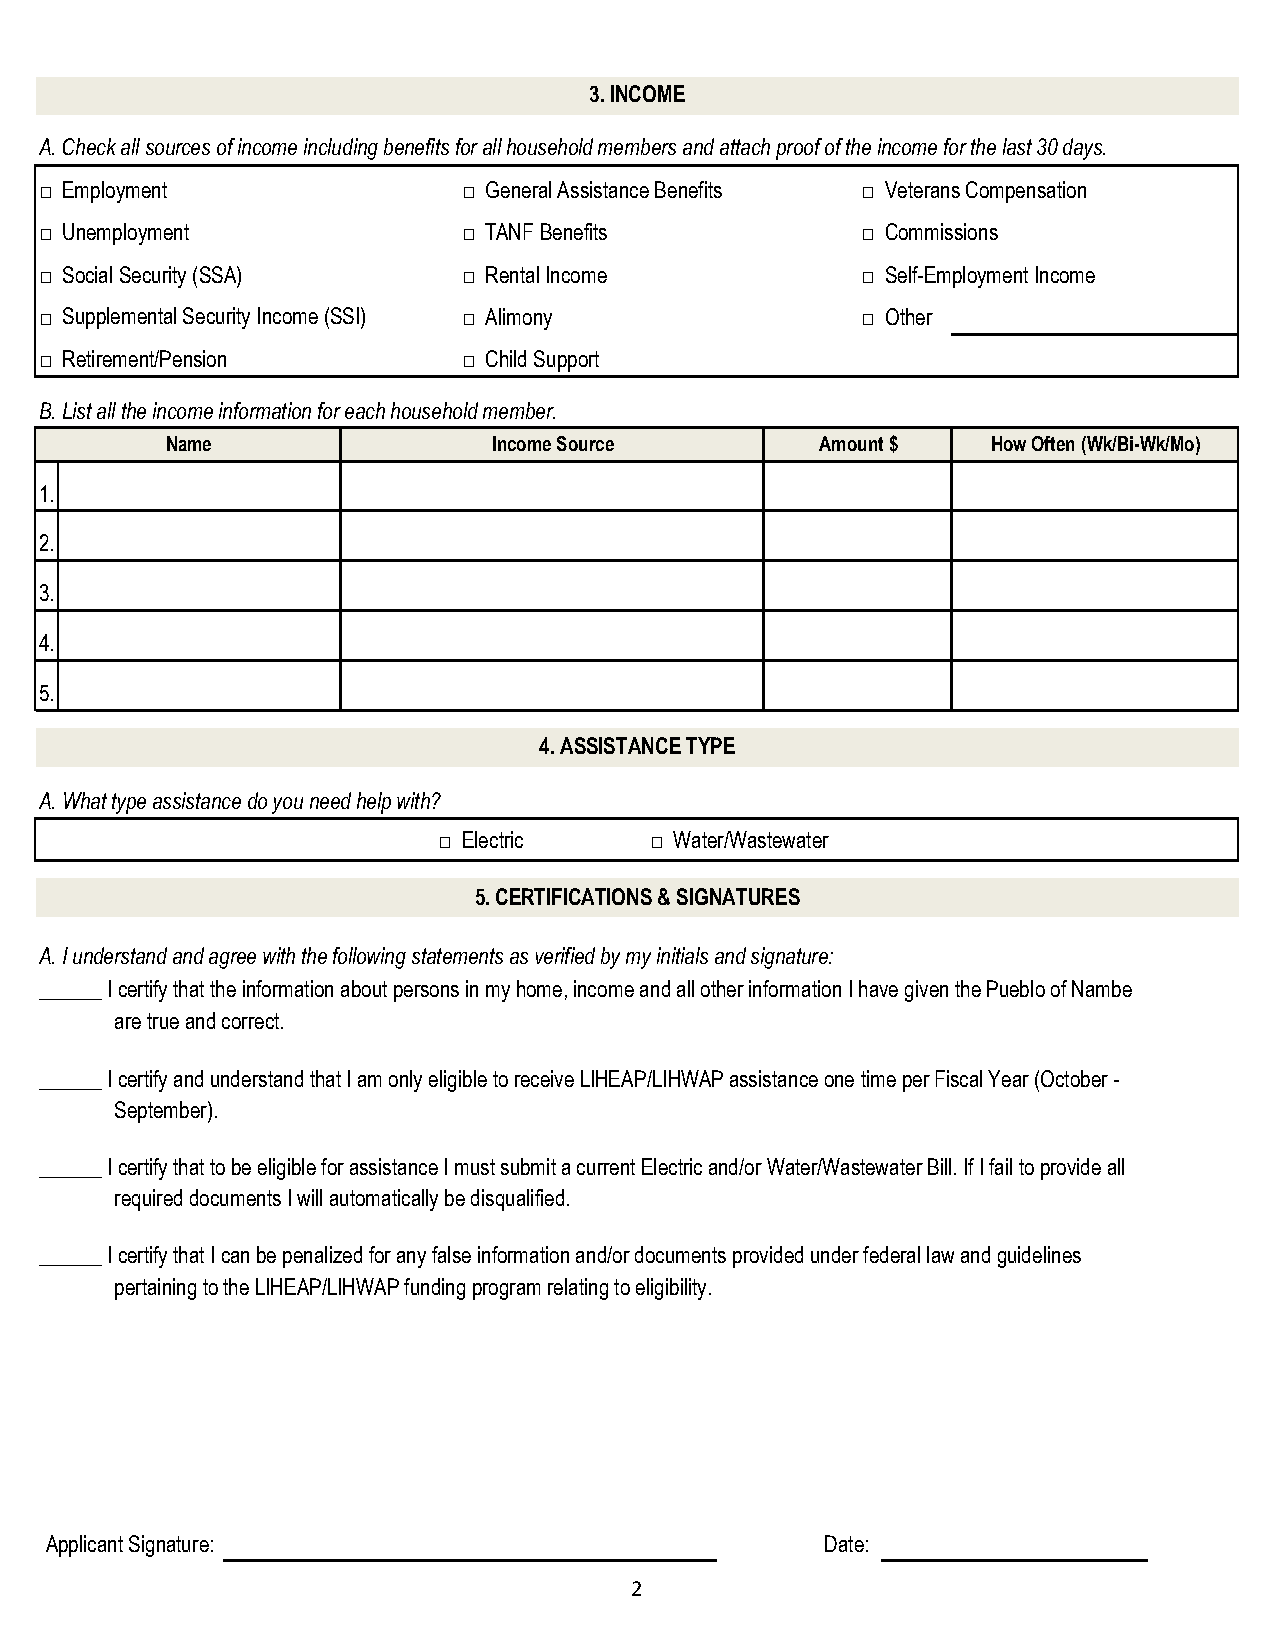
3. INCOME
 A. Check all sources of income including benefits for all household members and attach proof of the income for the last 30 days.
 □ Employment                □ General Assistance Benefits □ Veterans Compensation
 □ Unemployment              □ TANF Benefits           □ Commissions
 □ Social Security (SSA)     □ Rental Income           □ Self-Employment Income
 □ Supplemental Security Income (SSI) □ Alimony        □ Other
 □ Retirement/Pension        □ Child Support
 B. List all the income information for each household member.
 Name                  Income Source        Amount $    How Often (Wk/Bi-Wk/Mo)
 1.
 2.
 3.
 4.
 5.
 4. ASSISTANCE TYPE
 A. What type assistance do you need help with?
 □ Electric    □ Water/Wastewater
 5. CERTIFICATIONS & SIGNATURES
 A. I understand and agree with the following statements as verified by my initials and signature:
 ______ I certify that the information about persons in my home, income and all other information I have given the Pueblo of Nambe
 are true and correct.
 ______ I certify and understand that I am only eligible to receive LIHEAP/LIHWAP assistance one time per Fiscal Year (October -
 September).
 ______ I certify that to be eligible for assistance I must submit a current Electric and/or Water/Wastewater Bill. If I fail to provide all
 required documents I will automatically be disqualified.
 ______ I certify that I can be penalized for any false information and/or documents provided under federal law and guidelines
 pertaining to the LIHEAP/LIHWAP funding program relating to eligibility.
 Applicant Signature:                                Date:
 2